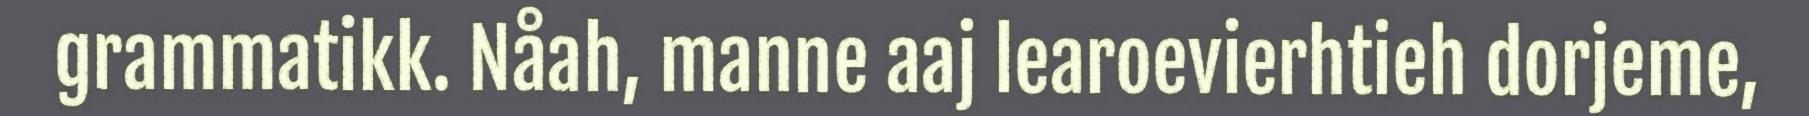
grammatikk. Nåah, manne aaj learoevierhtieh dorjeme,